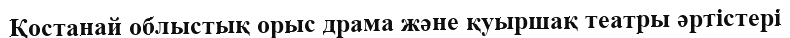
Қостанай облыстық орыс драма және қуыршақ театры әртістері